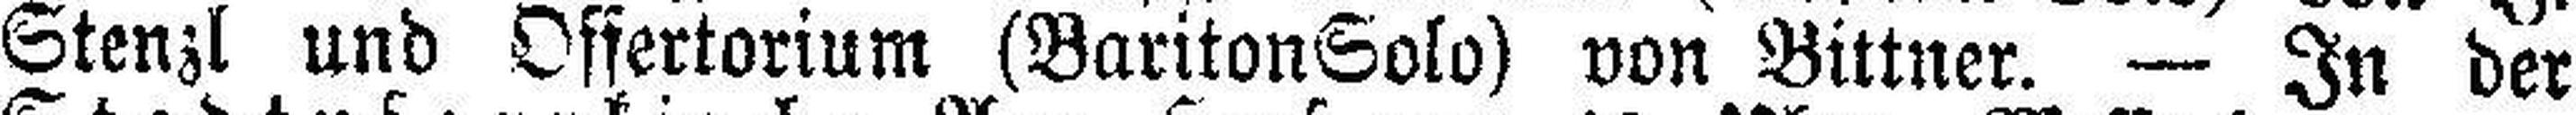
Stenzl und Offertorium (Bariton Solo) von Bittner. — In der